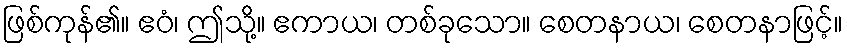
ဖြစ်ကုန်၏။ ဧဝံ၊ ဤသို့။ ဧကာယ၊ တစ်ခုသော။ စေတနာယ၊ စေတနာဖြင့်။